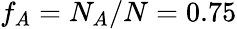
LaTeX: f_{A}=N_{A}/N=0.75